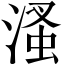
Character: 溞